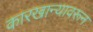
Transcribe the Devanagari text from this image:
कारखान्यावरून